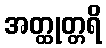
အတ္ထုတ္တရိ